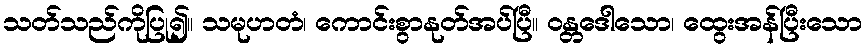
သတ်သည်ကိုပြု၍။ သမုဟတံ၊ ကောင်းစွာနုတ်အပ်ပြီ။ ဝန္တဒေါသော၊ ထွေးအန်ပြီးသော